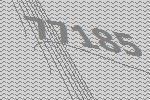
77185